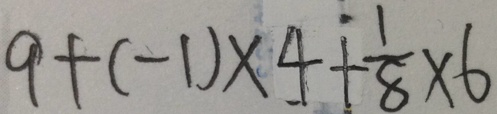
9 + ( - 1 ) \times 4 + \frac { 1 } { 8 } \times 6